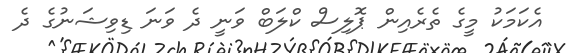
އެކަމަކު މީގެ ތެރެއިން ޕޮލިސް ކްލަބް ވަނީ ދެ ވަނަ ޑިވިޝަނުގެ ދެ